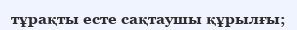
тұрақты есте сақтаушы құрылғы;